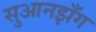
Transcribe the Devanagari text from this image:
सुआनझँग